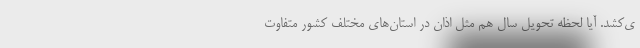
ی‌کشد. آیا لحظه تحویل سال هم مثل اذان در استان‌های مختلف کشور متفاوت